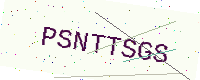
Text: PSNTTSGS